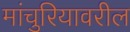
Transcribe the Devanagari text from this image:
मांचुरियावरील